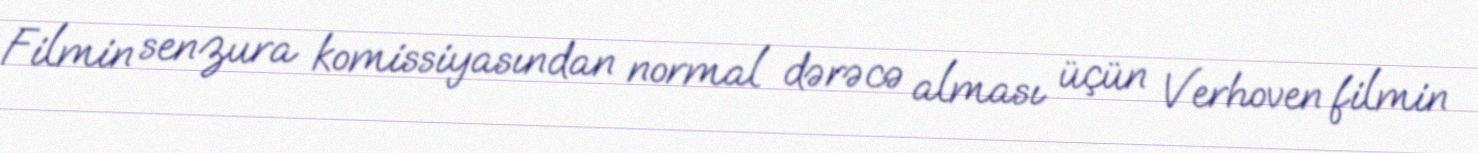
Filmin senzura komissiyasından normal dərəcə alması üçün Verhoven filmin